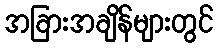
အခြားအချိန်များတွင်